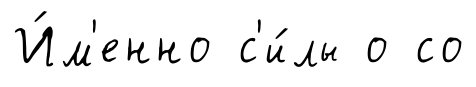
И́м'енно с'и́лы о со